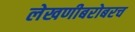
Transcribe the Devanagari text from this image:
लेखणीबरोबरच